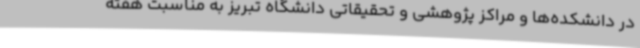
در دانشکده‌ها و مراکز پژوهشی و تحقیقاتی دانشگاه تبریز به مناسبت هفته